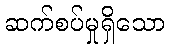
ဆက်စပ်မှုရှိသော